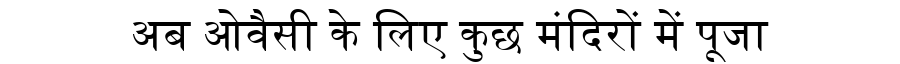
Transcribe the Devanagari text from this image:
अब ओवैसी के लिए कुछ मंदिरों में पूजा